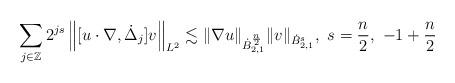
LaTeX: \begin{align*}\sum_{j\in \mathbb{Z}}2^{js}\left\|[u\cdot \nabla ,\dot{\Delta}_j]v\right\|_{L^2}\lesssim \|\nabla u\|_{\dot{B}_{2,1}^{\frac{n}{2}}}\|v\|_{\dot{B}_{2,1}^{s}}, \ s= \frac n2, \ -1+\frac n2\end{align*}